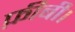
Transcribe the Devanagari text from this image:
फ़ीबी।